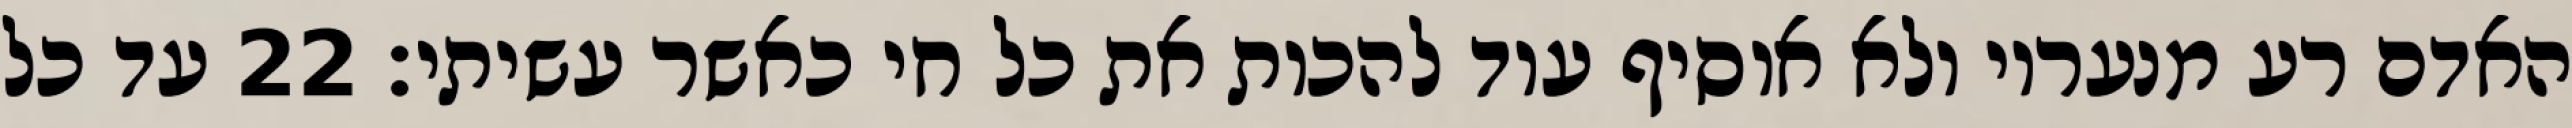
האדם רע מנעריו ולא אוסיף עוד להכות את כל חי כאשר עשיתי׃ ‎22‏ עד כל